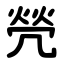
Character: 焭